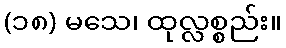
(၁၈) မသေ၊ ထုလ္လစ္စည်း။